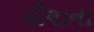
મૌલાના